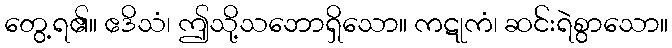
တွေ့ရ၏။ ဧဒိသံ၊ ဤသို့သဘောရှိသော။ ကဋုကံ၊ ဆင်းရဲစွာသော။